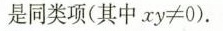
是同类项(其中$$x y ≠ 0$$).